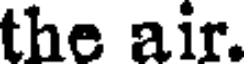
the air.